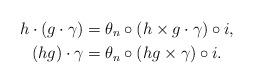
LaTeX: \begin{align*}h\cdot(g\cdot \gamma)&=\theta_n \circ (h\times g\cdot\gamma)\circ i,\\(hg)\cdot\gamma&=\theta_n\circ (hg\times\gamma)\circ i.\end{align*}